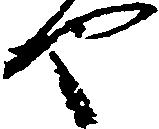
也